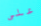
على